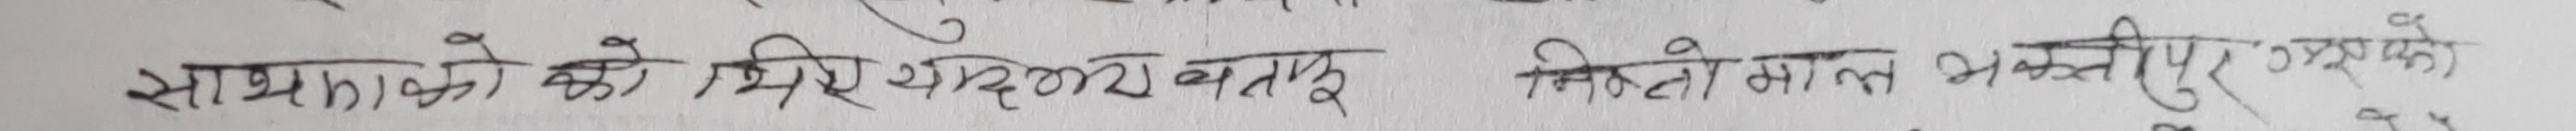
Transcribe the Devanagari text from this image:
सामानहरुको को मिसिंदिनु काठमाण्डौ निस्केको माल भक्तपुर अध्यक्षको